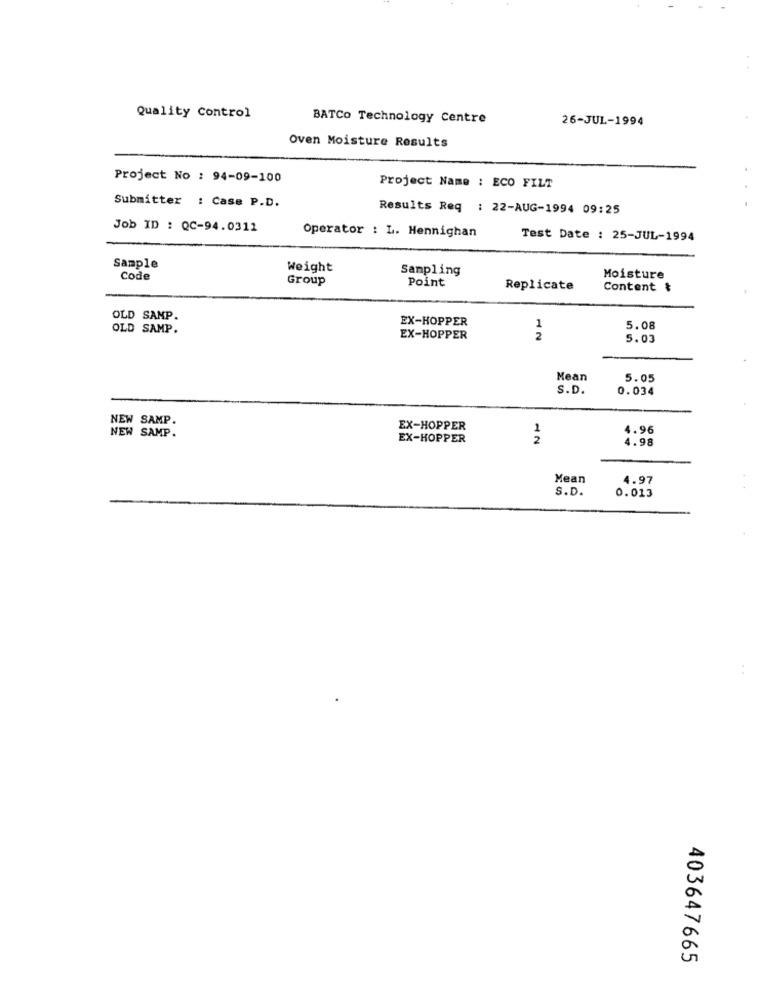
Quality Control
BATCO Technology Centre
26-JUL-1994
Oven Moisture Results
Project No : 94-09-100
Project Name : ECO FILT
Submitter : Case P.D.
Results Req : 22-AUG-1994 09:25
Job ID : QC-94.0312
Operator : L. Hennighan
Test Date : 25-JUL-1994
Sample
Weight
Sampling
Code
Group
Point
Moisture
Replicate
Content &
OLD SAMP.
EX-HOPPER
OLD SAMP.
1
5.08
EX-HOPPER
2
5.03
Mean
5.05
S.D.
0.034
NEW SAMP
EX-HOPPER
1
4.96
NEW SAMP.
EX-HOPPER
2
4.98
Mean
4.97
S.D.
0.013
403647665